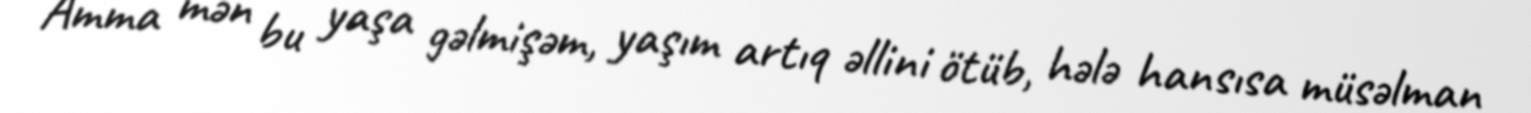
Amma mən bu yaşa gəlmişəm, yaşım artıq əllini ötüb, hələ hansısa müsəlman